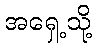
အရှေ့သို့